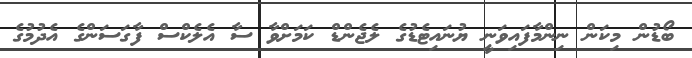
ބޯޑުން މިކަން ނިންމާފައިވަނީ ޔުނައިޓެޑުގެ ލެޖެންޑް ކަމަށްވާ ސާ އެލެކްސް ފާގަސަންގެ އެދުމުގެ